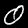
Digit: 0